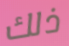
ذلك